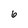
Character: 6